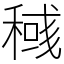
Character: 稶